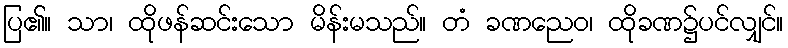
ပြ၏။ သာ၊ ထိုဖန်ဆင်းသော မိန်းမသည်။ တံ ခဏညေဝ၊ ထိုခဏ၌ပင်လျှင်။